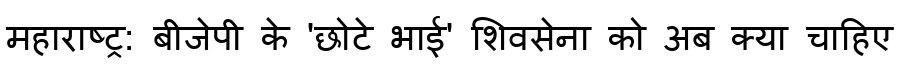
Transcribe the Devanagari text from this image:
महाराष्ट्र: बीजेपी के 'छोटे भाई' शिवसेना को अब क्या चाहिए